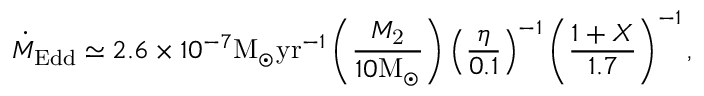
\dot { M } _ { \mathrm { E d d } } \simeq 2 . 6 \times 1 0 ^ { - 7 } \mathrm { M } _ { \odot } \mathrm { y r } ^ { - 1 } \left( \frac { M _ { \mathrm { 2 } } } { 1 0 \mathrm { M } _ { \odot } } \right) \left( \frac { \eta } { 0 . 1 } \right) ^ { - 1 } \left( \frac { 1 + X } { 1 . 7 } \right) ^ { - 1 } ,